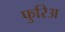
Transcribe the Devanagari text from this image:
फुरिअ